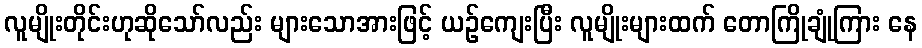
လူမျိုးတိုင်းဟုဆိုသော်လည်း များသောအားဖြင့် ယဉ်ကျေးပြီး လူမျိုးများထက် တောကြိုချုံကြား နေ